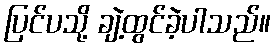
ပြင်ပသို့ ချဲ့ထွင်ခဲ့ပါသည်။